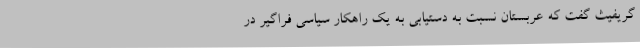
گریفیث گفت که عربستان نسبت به دستیابی به یک راهکار سیاسی فراگیر در